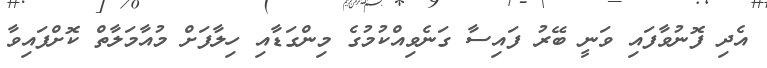
އެދި ފޮނުވާފައި ވަނީ ބޭރު ފައިސާ ގަނެވިއްކުމުގެ މިންގަޑާއި ހިލާފަށް މުއާމަލާތް ކޮށްފައިވާ